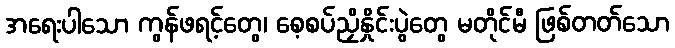
အရေးပါသော ကွန်ဖရင့်တွေ၊ စေ့စပ်ညှိနှိုင်းပွဲတွေ မတိုင်မီ ဖြစ်တတ်သော